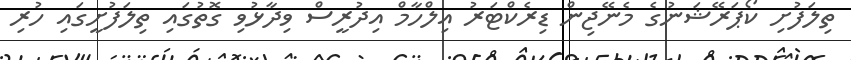
ތިލަފުށި ކޯޕަރޭޝަނުގެ މެނޭޖިން ޑިރެކްޓަރު އިލްހާމް އިދުރީސް ވިދާޅުވި ގޮތުގައި ތިލަފުށީގައި ހުރި